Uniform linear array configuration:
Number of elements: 32
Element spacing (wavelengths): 0.25
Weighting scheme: binomial
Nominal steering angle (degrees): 45
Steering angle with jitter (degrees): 44.787
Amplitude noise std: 0.05
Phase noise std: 0.05

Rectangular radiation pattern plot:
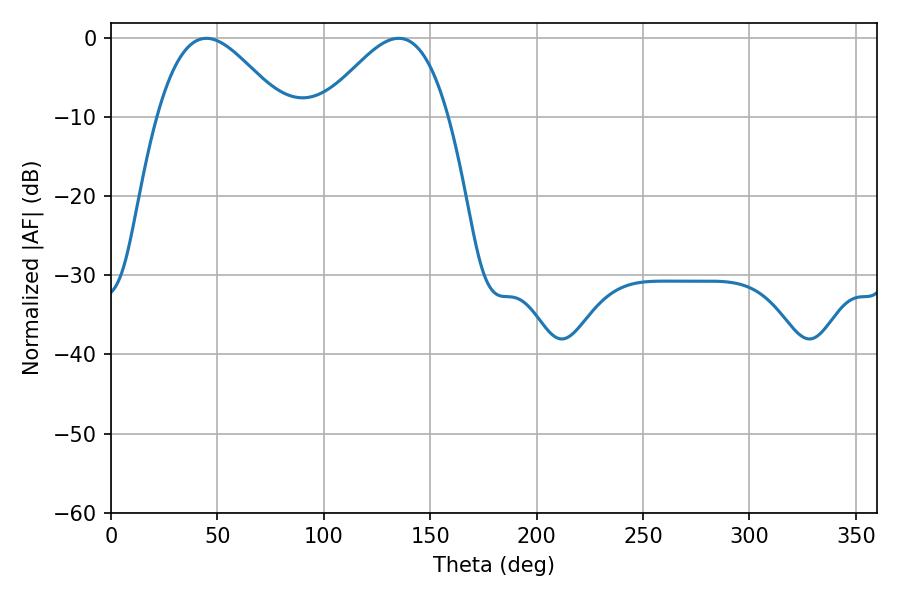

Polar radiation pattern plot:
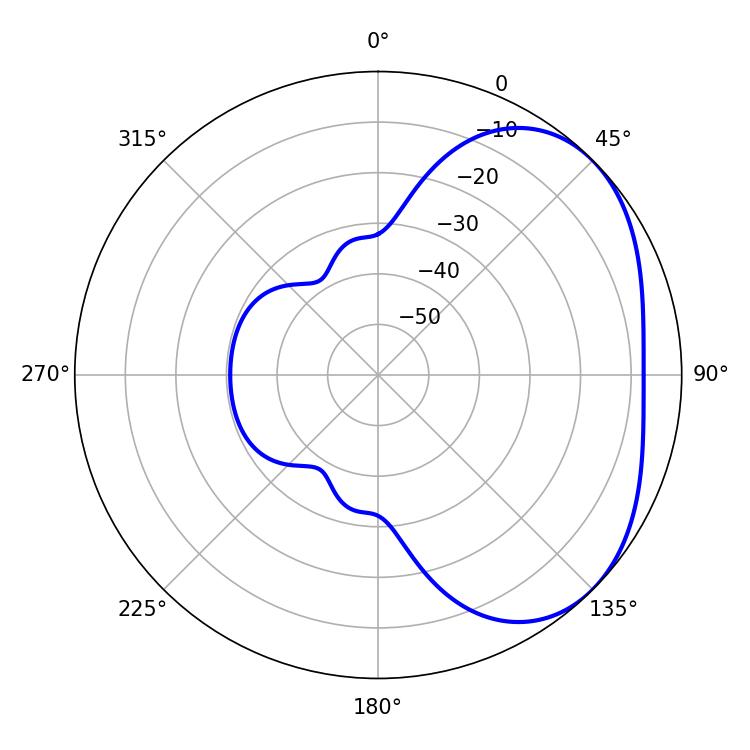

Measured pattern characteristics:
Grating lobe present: FALSE
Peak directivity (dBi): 3.303
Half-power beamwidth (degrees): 31.86
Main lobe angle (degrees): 44.82